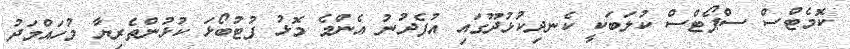
ކޮމެޓްސް ސްޕޯޓްސް ކުލަބަކީ ކެނދިކުޅުދޫގައި އުފެދުނު އެންމެ މޮޅު ފުޓުބޯޅަ ކުޅުންތެރިޔާ މުހައްމަދު